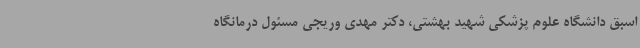
اسبق دانشگاه علوم پزشکی شهید بهشتی، دکتر مهدی وریجی مسئول درمانگاه